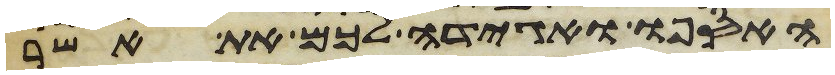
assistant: האספו ואגידה לכם את אשר